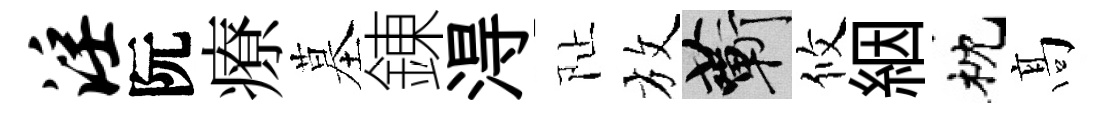
淫阮療墓錬淂阯放蔪攸絪枕髙